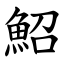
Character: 鮉